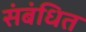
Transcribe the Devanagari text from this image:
संबंधित